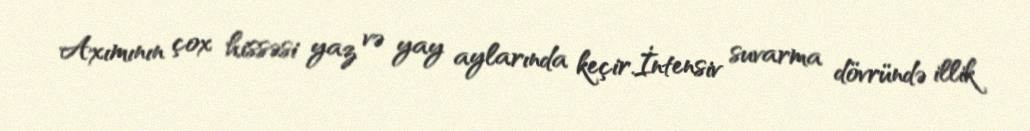
Axımının çox hissəsi yaz və yay aylarında keçir.İntensiv suvarma dövründə illik